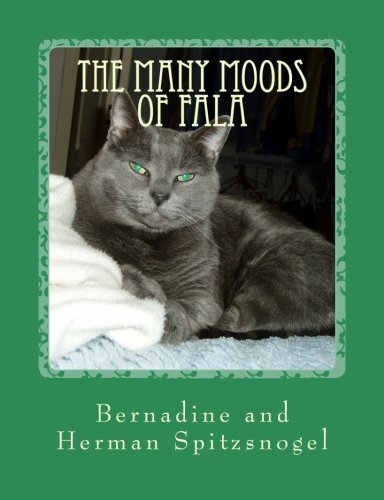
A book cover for The Many Moods of Fala: Facets of a Feline's Life; Bernadine and Herman Spitzsnogel; Crafts, Hobbies & Home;